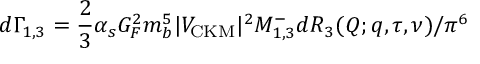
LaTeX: d \Gamma _ { 1 , 3 } = { \frac { 2 } { 3 } } \alpha _ { s } G _ { F } ^ { 2 } m _ { b } ^ { 5 } | V _ { \mathrm { \small C K M } } | ^ { 2 } { \cal M } _ { 1 , 3 } ^ { - } d { \cal R } _ { 3 } ( Q ; q , \tau , \nu ) / \pi ^ { 6 }